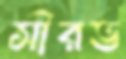
সৗরভ